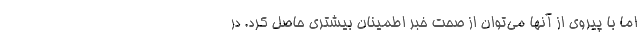
اما با پیروی از آنها می‌توان از صحت خبر اطمینان بیشتری حاصل کرد. در